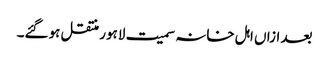
بعد ازاں اہل خانہ سمیت لاہور منتقل ہوگئے۔